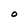
Character: O